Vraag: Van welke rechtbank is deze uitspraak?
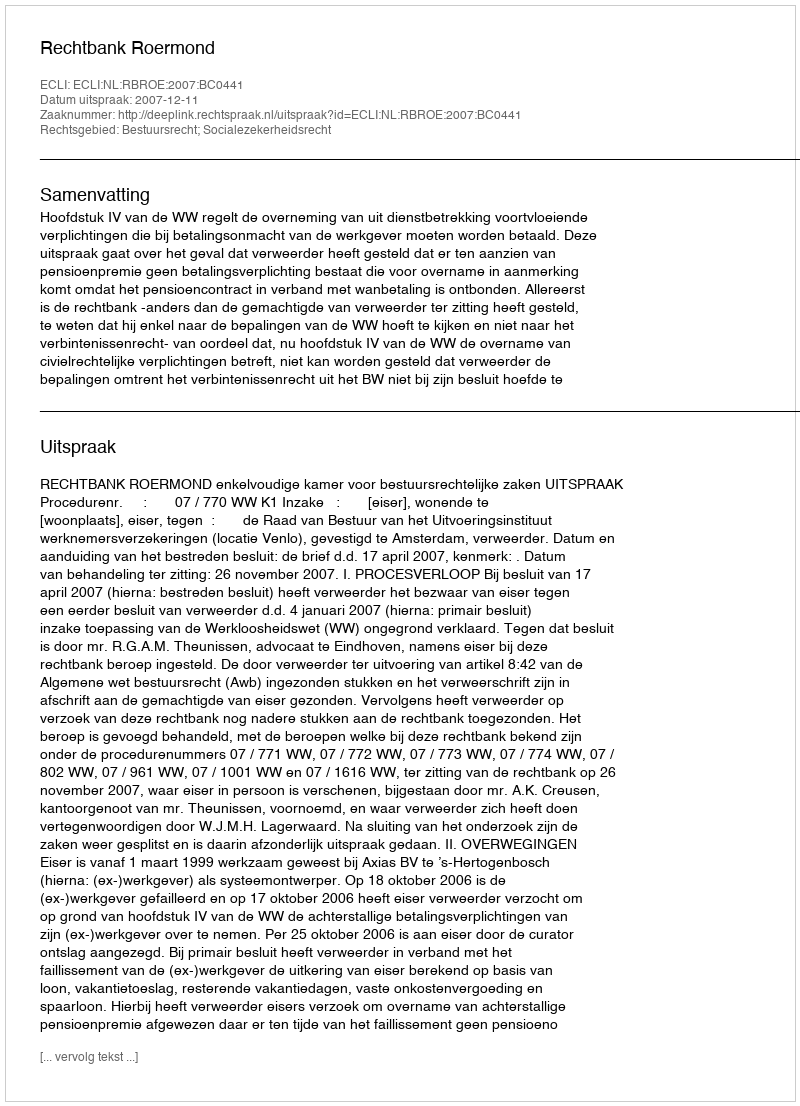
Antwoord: Rechtbank Roermond